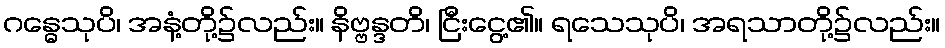
ဂန္ဓေသုပိ၊ အနံ့တို့၌လည်း။ နိဗ္ဗန္ဒတိ၊ ငြီးငွေ့၏။ ရသေသုပိ၊ အရသာတို့၌လည်း။